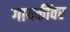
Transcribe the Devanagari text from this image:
गायकींवर